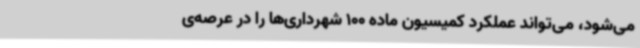
می‌شود، می‌تواند عملکرد کمیسیون ماده 100 شهرداری‌ها را در عرصه‌ی